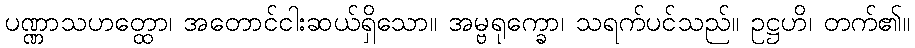
ပဏ္ဏာသဟတ္ထော၊ အတောင်ငါးဆယ်ရှိသော။ အမ္ဗရုက္ခော၊ သရက်ပင်သည်။ ဥဋ္ဌဟိ၊ တက်၏။